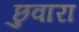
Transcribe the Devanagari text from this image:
छुवारा